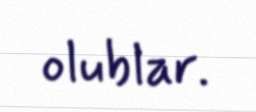
olublar.